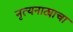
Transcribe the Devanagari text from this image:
नृत्यनाट्याचा